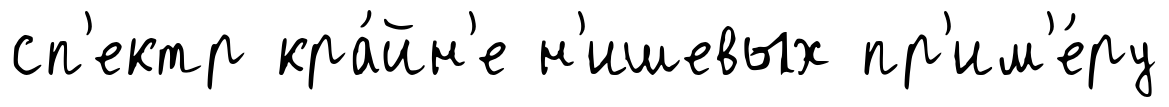
сп'ектр кра́йн'е н'ишевых пр'им'е́ру